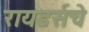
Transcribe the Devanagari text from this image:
रायडर्सचे